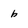
Character: b